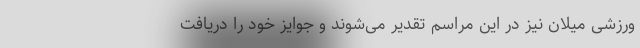
ورزشی میلان نیز در این مراسم تقدیر می‌شوند و جوایز خود را دریافت